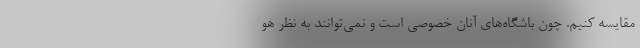
مقایسه کنیم. چون باشگاه‌های آنان خصوصی است و نمی‌توانند به نظر هو